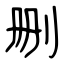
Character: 删